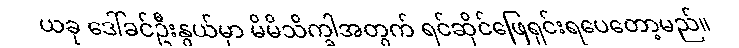
ယခု ဒေါ်ခင်ဦးနွယ်မှာ မိမိသိက္ခါအတွက် ရင်ဆိုင်ဖြေရှင်းရပေတော့မည်။